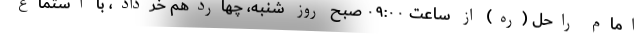
امام راحل (ره) از ساعت ۰۹:۰۰ صبح روز شنبه، چهاردهم خرداد، با استماع